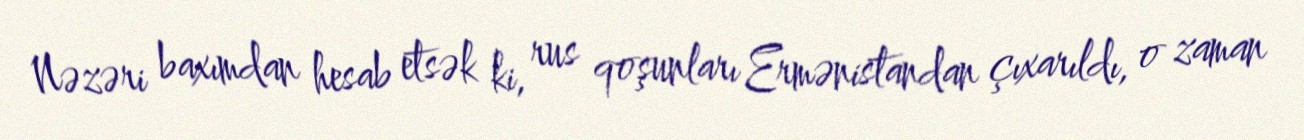
Nəzəri baxımdan hesab etsək ki, rus qoşunları Ermənistandan çıxarıldı, o zaman